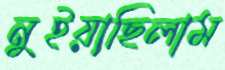
নুইয়াছিলাম